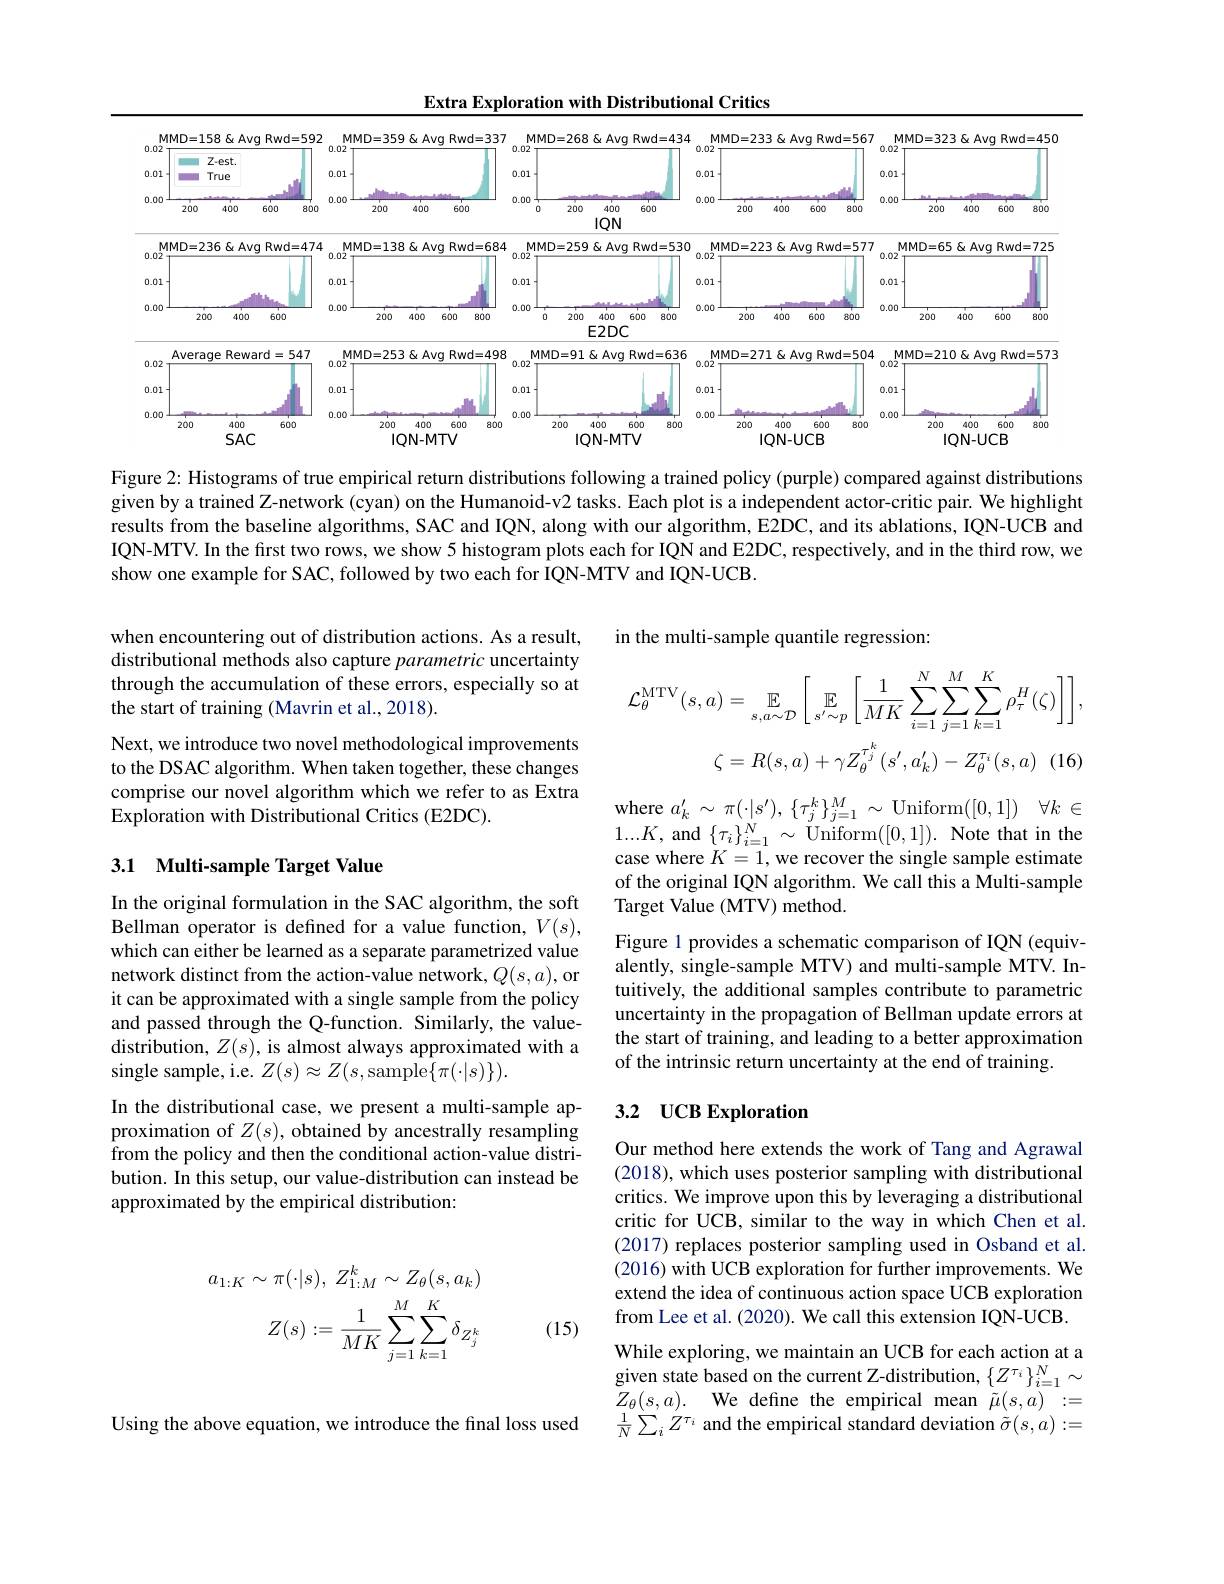
Extra Exploration with Distributional Critics

<FigureHere>

Figure 2: Histograms of true empirical return distributions following a trained policy (purple) compared against distributions given by a trained Z-network (cyan) on the Humanoid-v2 tasks. Each plot is a independent actor-critic pair. We highlight results from the baseline algorithms, SAC and IQN, along with our algorithm, E2DC, and its ablations, IQN-UCB and IQN-MTV. In the first two rows, we show 5 histogram plots each for IQN and E2DC, respectively, and in the third row, we show one example for SAC, followed by two each for IQN-MTV and IQN-UCB.

in the multi-sample quantile regression:

when encountering out of distribution actions. As a result, distributional methods also capture parametric uncertainty through the accumulation of these errors, especially so at the start of training (Mavrin et al., 2018).
$$\mathcal{L}_{\theta}^{\mathrm{MTV}}(s,a)=\mathbb{E}_{s,a\sim\mathcal{D}}\left[\sum_{s^{\prime}\sim p}\left[\frac{1}{MK}\sum_{i=1}^{N}\sum_{j=1}^{M}\sum_{k=1}^{K}\rho_{\tau}^{H}(\zeta)\right]\right],\\\zeta=R(s,a)+\gamma Z_{\theta}^{\tau_{j}^{k}}(s^{\prime},a_{k}^{\prime})-Z_{\theta}^{\tau_{i}}(s,a)\:(16)$$
Next, we introduce two novel methodological improvements to the DSAC algorithm. When taken together, these changes comprise our novel algorithm which we refer to as Extra Exploration with Distributional Critics (E2DC).

where $a_k^{\prime}\sim\pi(\cdot|s^{\prime}),\{\tau_j^{k}\}_{j=1}^{M}\sim$ Uniform([0,1]) $\forall k\in$ $1...K$,and$\{\tau_{i}\}_{i=1}^{N}\sim$Uniform$( [ 0, 1] ) . \textbf{Note that in the}$ case where $K=1$, we recover the single sample estimate of the original IQN algorithm. We call this a Multi-sample Target Value (MTV) method.

## 3.1 Multi-sample Target Value

In the original formulation in the SAC algorithm, the soft Bellman operator is defined for a value function, $V(s)$, which can either be learned as a separate parametrized value network distinct from the action-value network, $Q(s,a)$,or it can be approximated with a single sample from the policy and passed through the Q-function. Similarly, the value- ${\mathrm{distribution,~}Z(s),\mathrm{~is~almost~always~approximated~with~a}}$ single sample, i.e. $Z(s)\approx Z(s$,sample$\{\pi(\cdot|s)\}).$

Figure 1 provides a schematic comparison of IQN (equivalently, single-sample MTV) and multi-sample MTV. Intuitively, the additional samples contribute to parametric uncertainty in the propagation of Bellman update errors at the start of training, and leading to a better approximation of the intrinsic return uncertainty at the end of training.

## 3.2 UCB Exploration

In the distributional case, we present a multi-sample approximation of $Z(s)$,obtained by ancestrally resampling from the policy and then the conditional action-value distribution. In this setup, our value-distribution can instead be approximated by the empirical distribution:

Our method here extends the work of Tang and Agrawal (2018), which uses posterior sampling with distributional critics. We improve upon this by leveraging a distributional critic for UCB, similar to the way in which Chen et al. (2017) replaces posterior sampling used in Osband et al. (2016) with UCB exploration for further improvements. We extend the idea of continuous action space UCB exploration from Lee et al. (2020). We call this extension IQN-UCB. While exploring, we maintain an UCB for each action at a given state based on the current Z-distribution, $\{Z^{\tau_i}\}_{i=1}^N\sim$ $Z_{\theta }( s, a) .$ We define the empirical mean $\tilde{\mu}(s,a):=$ $\frac{1}{N}\sum_{i}Z^{\tau_{i}}$ and the empirical standard deviation $\tilde{\sigma}(s,a):=$
$$\begin{aligned}a_{1:K}\sim\pi(\cdot|s),\:Z_{1:M}^{k}\sim Z_{\theta}(s,a_{k})\\Z(s):=\frac{1}{MK}\sum_{j=1}^{M}\sum_{k=1}^{K}\delta_{Z_{j}^{k}}\end{aligned}$$
(15)

Using the above equation, we introduce the final loss used